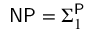
{ \mathsf { N P } } = \Sigma _ { 1 } ^ { \mathsf { P } }